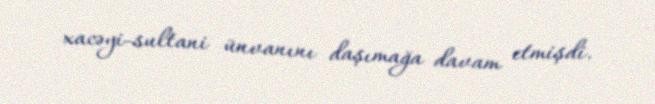
xacəyi-sultani ünvanını daşımağa davam etmişdi.